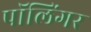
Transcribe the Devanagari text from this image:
पॉलिंगर